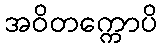
အဝိတက္ကောပိ